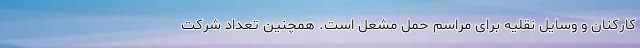
کارکنان و وسایل نقلیه برای مراسم حمل مشعل است. همچنین تعداد شرکت